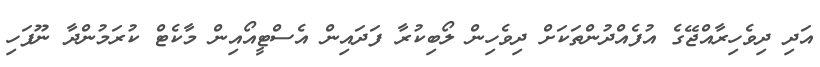
އަދި ދިވެހިރާއްޖޭގެ އުފެއްދުންތަކަށް ދިވެހިން ލޯބިކުރާ ފަދައިން އެސްޓީއޯއިން މާކެޓް ކުރަމުންދާ ނޫފަހި